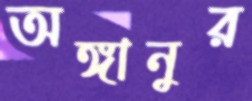
অঙ্গানুর